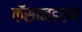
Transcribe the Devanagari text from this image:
कॅसान्डरने